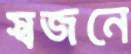
স্বজনে